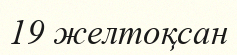
19 желтоқсан